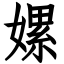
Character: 嫘